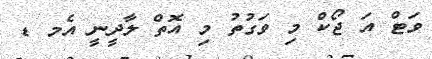
ވަޓް އަ ޖޯކް މި ވަގުތު މި އޮތް ލާދީނީ އެމ ޑ